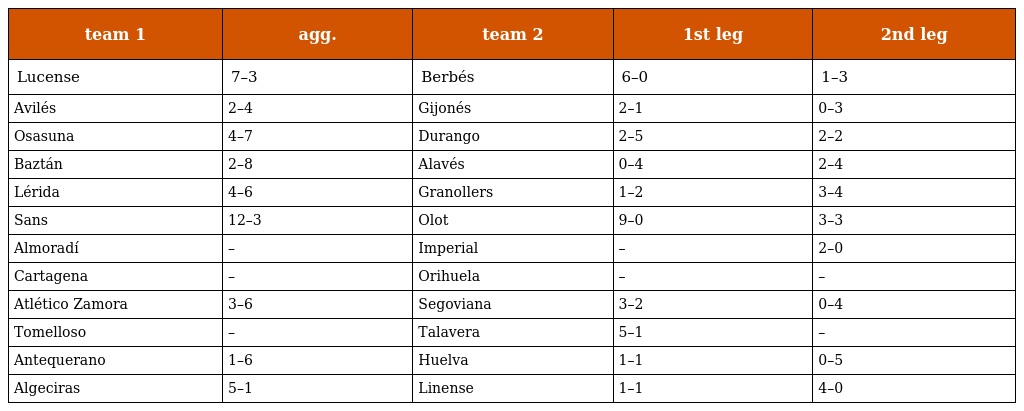
| team 1 | agg. | team 2 | 1st leg | 2nd leg |
 | --- | --- | --- | --- | --- |
 | Lucense | 7–3 | Berbés | 6–0 | 1–3 |
 | Avilés | 2–4 | Gijonés | 2–1 | 0–3 |
 | Osasuna | 4–7 | Durango | 2–5 | 2–2 |
 | Baztán | 2–8 | Alavés | 0–4 | 2–4 |
 | Lérida | 4–6 | Granollers | 1–2 | 3–4 |
 | Sans | 12–3 | Olot | 9–0 | 3–3 |
 | Almoradí | – | Imperial | – | 2–0 |
 | Cartagena | – | Orihuela | – | – |
 | Atlético Zamora | 3–6 | Segoviana | 3–2 | 0–4 |
 | Tomelloso | – | Talavera | 5–1 | – |
 | Antequerano | 1–6 | Huelva | 1–1 | 0–5 |
 | Algeciras | 5–1 | Linense | 1–1 | 4–0 |